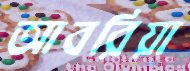
আবরিয়া